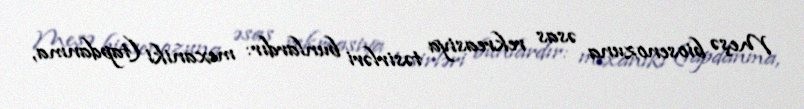
Meşə biosenozuna əsas rekreasiya təsirləri bunlardır: mexaniki (tapdanma,